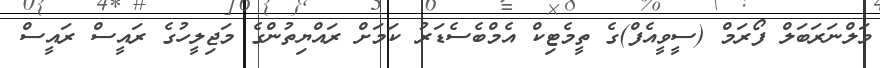
ވަލްނަރަބަލް ފޯރަމް (ސީވީއެފް)ގެ ތީމެޓިކް އެމްބެސެޑަރު ކަމަށް ރައްޔިތުންގެ މަޖިލީހުގެ ރައީސް ރައީސް